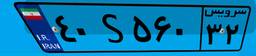
۳۹S۷۳۵۸۵